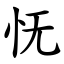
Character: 怃